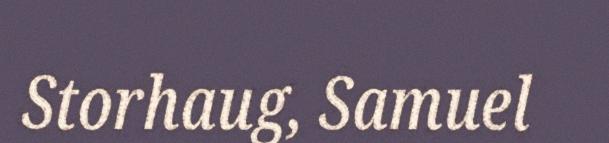
Storhaug, Samuel